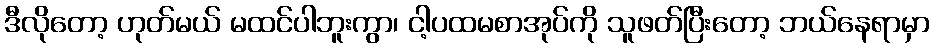
ဒီလိုတော့ ဟုတ်မယ် မထင်ပါဘူးကွာ၊ ငါ့ပထမစာအုပ်ကို သူဖတ်ပြီးတော့ ဘယ်နေရာမှာ